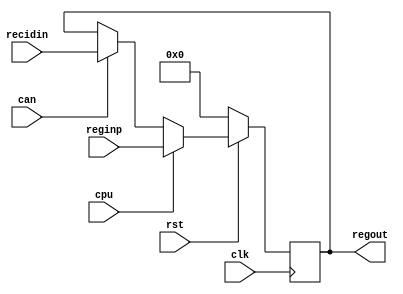
////////////////////////////////////////////////////////////////////////////////////////////////////
//
// Interessengruppe fuer Mikroelektronik und Eingebettete Systeme (IMES)
// Fachhochschule Dortmund
//
// Tool         : Mentor Graphics HDL Designer(TM) 2015.1b (Build 4)
// Description  : receive arbitration register
// Commentary   :  
//
// Changelog:
// -------------------------------------------------------------------------------------------------
// Version | Author             | Date       | Changes
// -------------------------------------------------------------------------------------------------
// 0.9     | Leduc              | 15.05.2019 | created
// -------------------------------------------------------------------------------------------------
//
////////////////////////////////////////////////////////////////////////////////////////////////////

//`resetall
//`timescale 1ns/10ps
//`default_nettype none

module recarbitreg2 (
  input wire clk,
  input wire rst,
  input wire cpu,             // CPU wuenscht Zugriff
  input wire can,             // controller will zugreifen (im promiscous mode)
  input wire [15:0] reginp,
  input wire [15:0] recidin,
  output wire [15:0] regout
);

//tmrg default triplicate
//tmrg tmr_error false

reg [15:0] register_i;

//triplication signals
wire [15:0] register_iVoted = register_i;
assign regout = register_iVoted;


always @(posedge clk)
begin
  if (rst == 1'b0)        // synchroner reset (neg.)
    register_i <= 16'd0;
  else if (cpu == 1'b1)   // cpu zugriff (von write_demux)
    register_i <= reginp;
  else if (can == 1'b1)   // llc zugriff
    register_i <= recidin;
  else
    register_i <= register_iVoted;
end

endmodule